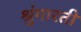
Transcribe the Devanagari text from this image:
श्रुंगारती